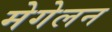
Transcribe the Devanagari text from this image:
मेगेलन